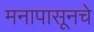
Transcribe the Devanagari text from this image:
मनापासूनचे